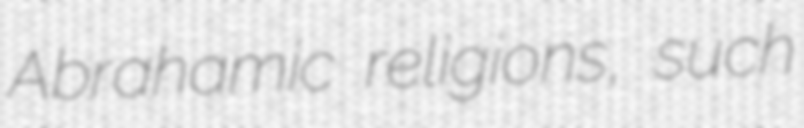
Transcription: Abrahamic religions, such